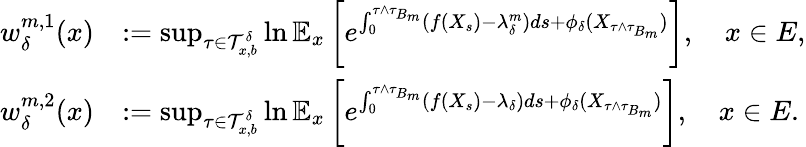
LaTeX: \begin{array}{rl}{w_{\delta}^{m,1}(x)}&{:=\operatorname*{sup}_{\tau\in\mathcal{T}_{x,b}^{\delta}}\ln\mathbb{E}_{x}\left[e^{\int_{0}^{\tau\wedge\tau_{B_{m}}}(f(X_{s})-\lambda_{\delta}^{m})ds+\phi_{\delta}(X_{\tau\wedge\tau_{B_{m}}})}\right],\quad x\in E,}\\ {w_{\delta}^{m,2}(x)}&{:=\operatorname*{sup}_{\tau\in\mathcal{T}_{x,b}^{\delta}}\ln\mathbb{E}_{x}\left[e^{\int_{0}^{\tau\wedge\tau_{B_{m}}}(f(X_{s})-\lambda_{\delta})ds+\phi_{\delta}(X_{\tau\wedge\tau_{B_{m}}})}\right],\quad x\in E.}\end{array}